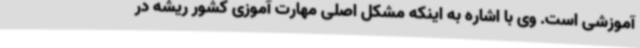
آموزشی است. وی با اشاره به اینکه مشکل اصلی مهارت آموزی کشور ریشه در